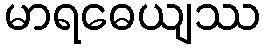
မာရဓေယျဿ